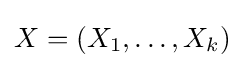
X=(X_{1},\dots ,X_{k})